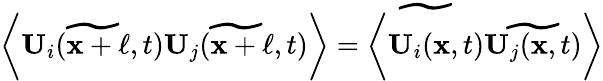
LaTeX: \begin{array}{r}{\bigg\langle\widetilde{\mathbf{U}_{i}(\mathbf{x}+\mathbf{\ell},t)}\widetilde{\mathbf{U}_{j}(\mathbf{x}+\mathbf{\ell},t)}\bigg\rangle=\widetilde{\bigg\langle\mathbf{U}_{i}(\mathbf{x},t)}\widetilde{\mathbf{U}_{j}(\mathbf{x},t)}\bigg\rangle}\end{array}